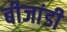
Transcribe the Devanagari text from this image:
बीजांडी